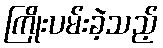
ကြိုးပမ်းခဲ့သည့်